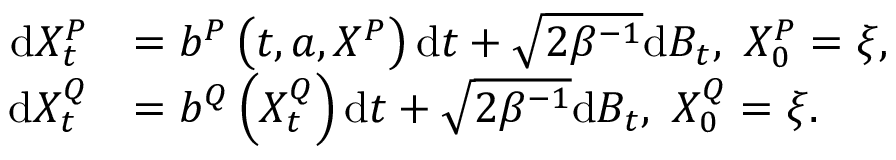
\begin{array} { r l } { \mathrm { d } X _ { t } ^ { P } } & { = b ^ { P } \left( t , a , X ^ { P } \right) \mathrm { d } t + \sqrt { 2 \beta ^ { - 1 } } \mathrm { d } B _ { t } , \ X _ { 0 } ^ { P } = \xi , } \\ { \mathrm { d } X _ { t } ^ { Q } } & { = b ^ { Q } \left( X _ { t } ^ { Q } \right) \mathrm { d } t + \sqrt { 2 \beta ^ { - 1 } } \mathrm { d } B _ { t } , \ X _ { 0 } ^ { Q } = \xi . } \end{array}